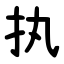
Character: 执